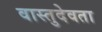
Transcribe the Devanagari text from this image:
वास्तुदेवता